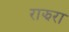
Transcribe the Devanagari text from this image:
राझरा